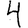
Digit: 4